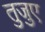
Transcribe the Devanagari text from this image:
तुजुए